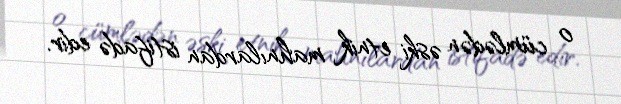
o cümlədən əski etnik mahnılardan istifadə edir.